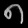
Digit: ၈